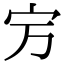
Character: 𡧊